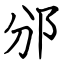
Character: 邠